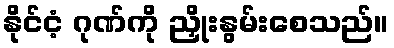
နိုင်ငံ့ ဂုဏ်ကို ညှိုးနွမ်းစေသည်။